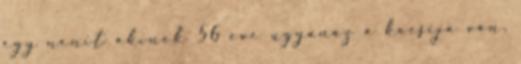
egy nenit akinek 56 eve ugyanaz a kocsija van,